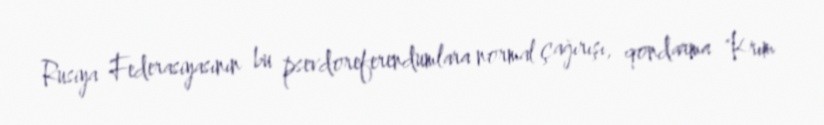
Rusiya Federasiyasının bu psevdoreferendumlara normal çağırışı, qondarma "Krım